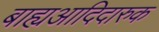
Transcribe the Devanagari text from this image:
बाह्यआदिदारुक